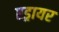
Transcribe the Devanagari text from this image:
एड्रायर